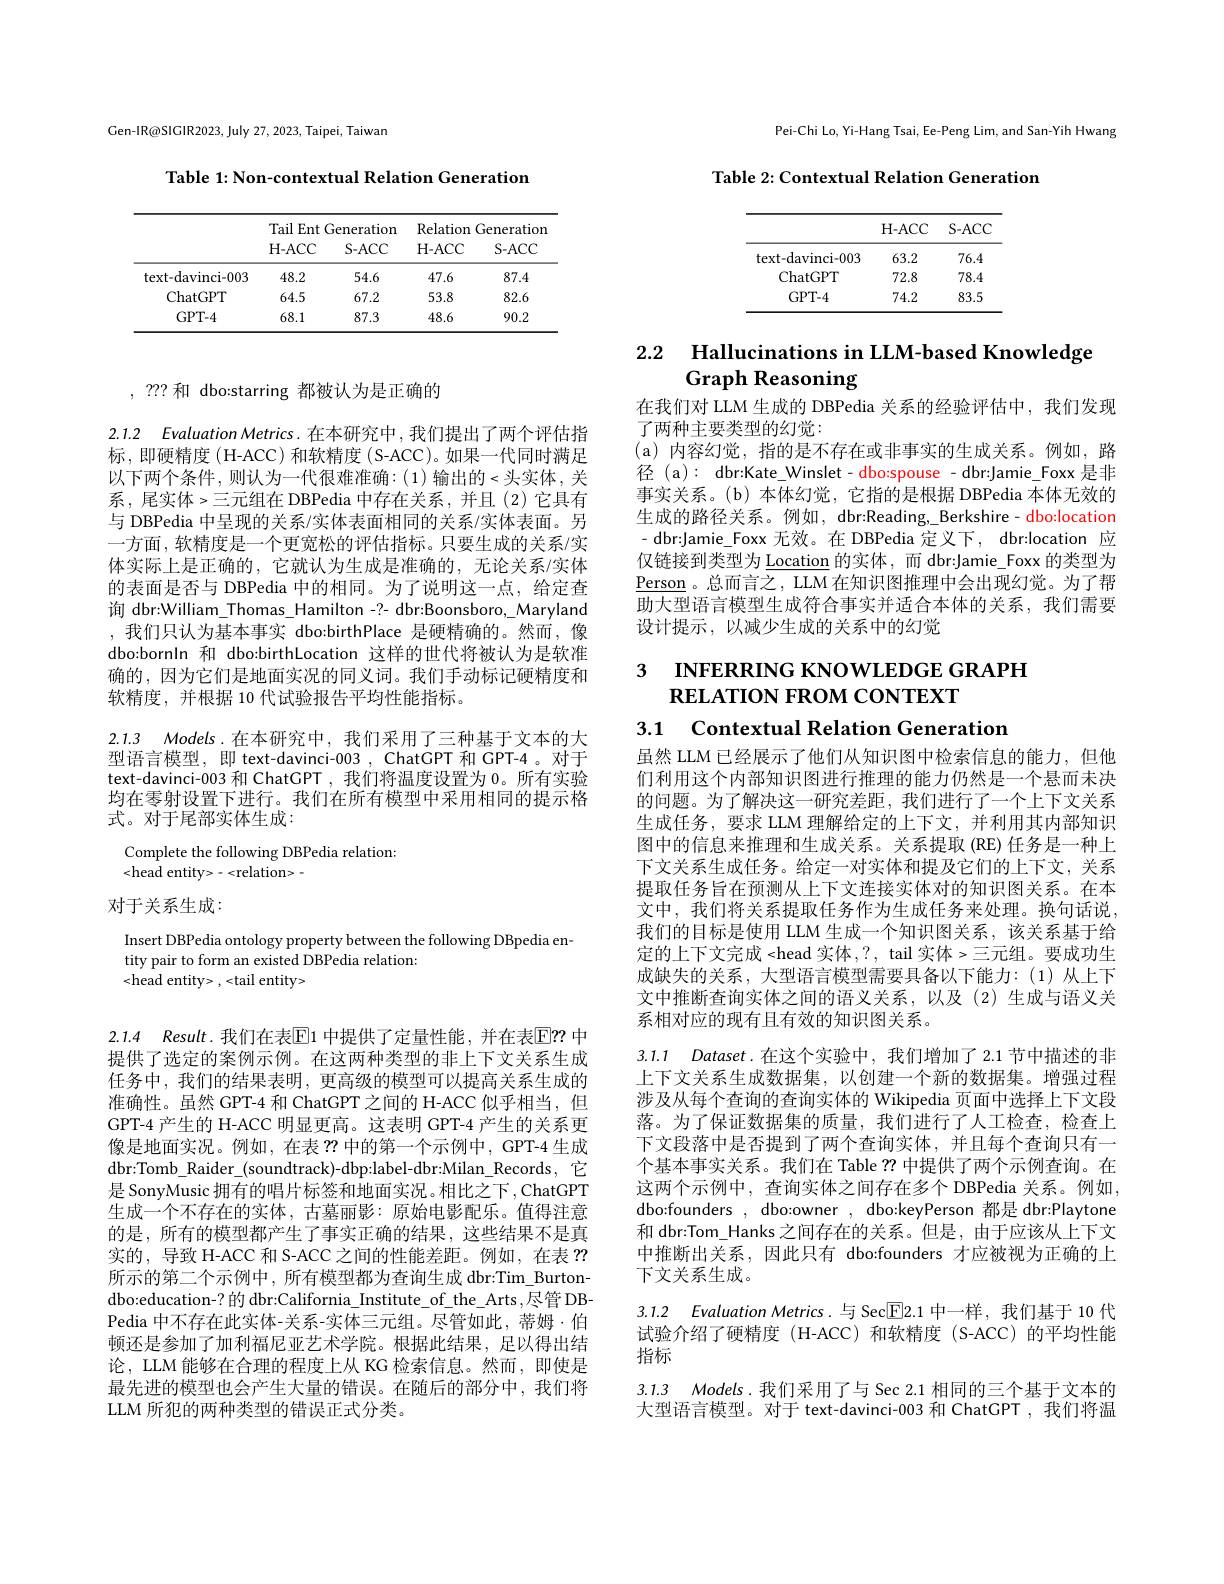
Gen-IR@SIGIR2023, July 27, 2023, Taipei, Taiwan

Table 1: Non-contextual Relation Generation

<table>
	<tbody>
		<tr>
			<th> </th>
			<th colspan="2">Tail Ent Generation</th>
			<th colspan="2">Relation Generatior</th>
		</tr>
		<tr>
			<th> </th>
			<th>H- ACC</th>
			<th>$S-ACC$</th>
			<th>H- ACC</th>
			<th>$S-ACC$</th>
		</tr>
		<tr>
			<td>text-davinci-003</td>
			<td>48.2</td>
			<td>54.6</td>
			<td>47.6</td>
			<td>87.4</td>
		</tr>
		<tr>
			<td>ChatGPT</td>
			<td>64.5</td>
			<td>67.2</td>
			<td>53.8</td>
			<td>82.6</td>
		</tr>
		<tr>
			<td>GPT- 4</td>
			<td>68.1</td>
			<td>87.3</td>
			<td>48.6</td>
			<td>90.2</td>
		</tr>
	</tbody>
</table>

# , ??? 和 dbo:starring 都被认为是正确的

2.1.2 Evaluation Metrics. 在本研究中，我们提出了两个评估指标，即硬精度(H-ACC)和软精度(S-ACC)。如果一代同时满足以下两个条件，则认为一代很难准确：(1)输出的<头实体，关系，尾实体>三元组在 DBPedia 中存在关系，并且(2)它具有与 DBPedia 中呈现的关系/实体表面相同的关系/实体表面。另一方面，软精度是一个更宽松的评估指标。只要生成的关系/实体实际上是正确的，它就认为生成是准确的，无论关系/实体的表面是否与 DBPedia 中的相同。为了说明这一点，给定查询 dbr:William\_Thomas\_Hamilton\_?- dbr:Boonsboro,\_Maryland ,我们只认为基本事实 dbo:birthPlace 是硬精确的。然而，像dbo:bornln 和 dbo:birthLocation 这样的世代将被认为是软准确的，因为它们是地面实况的同义词。我们手动标记硬精度和软精度，并根据 10 代试验报告平均性能指标。

2.1.3 $Models.$在本研究中，我们采用了三种基于文本的大型语言模型，即 text-davinci-003, ChatGPT 和 GPT-4。对于text-davinci-003 和 ChatGPT ,我们将温度设置为 0。所有实验均在零射设置下进行。我们在所有模型中采用相同的提示格式。对于尾部实体生成：

Complete the following DBPedia relation:
<head entity>-<relation>-

# 对于关系生成：

Insert DBPedia ontology property between the following DBpedia en-
tity pair to form an existed DBPedia relation:
<head entity> ,<tail entity>

2.1.4 Result.我们在表$\overline{\mathrm{E}}$1 中提供了定量性能，并在表$\overline{\mathrm{E}}??$ 中提供了选定的案例示例。在这两种类型的非上下文关系生成任务中，我们的结果表明，更高级的模型可以提高关系生成的准确性。虽然 GPT-4 和 ChatGPT 之间的 H-ACC 似乎相当，但GPT-4 产生的 H-ACC 明显更高。这表明 GPT-4 产生的关系更像是地面实况。例如，在表？?中的第一个示例中，GPT-4 生成dbr:Tomb_Raider_(soundtrack)-dbp:label-dbr:Milan_Records,它是 SonyMusic 拥有的唱片标签和地面实况。相比之下 , ChatGPT 生成一个不存在的实体，古墓丽影：原始电影配乐。值得注意的是，所有的模型都产生了事实正确的结果，这些结果不是真实的，导致 H-ACC 和 S-ACC 之间的性能差距。例如，在表？? 所示的第二个示例中，所有模型都为查询生成 dbr:Tim\_Burtondbo:education-? 的 dbr:California\_Institute\_of\_the\_Arts,尽管 DBPedia 中不存在此实体-关系-实体三元组。尽管如此，蒂姆·伯顿还是参加了加利福尼亚艺术学院。根据此结果，足以得出结论，LLM 能够在合理的程度上从 KG 检索信息。然而，即使是最先进的模型也会产生大量的错误。在随后的部分中，我们将LLM 所犯的两种类型的错误正式分类。

Pei-Chi Lo, Yi-Hang Tsai, Ee-Peng Lim, and San-Yih Hwang

Table 2: Contextual Relation Generation

<table>
	<tbody>
		<tr>
			<th> </th>
			<th>H- ACC</th>
			<th>S- ACC</th>
		</tr>
		<tr>
			<td>text-davinci-003</td>
			<td>63.2</td>
			<td>76.4</td>
		</tr>
		<tr>
			<td>ChatGPT</td>
			<td>72.8</td>
			<td>78.4</td>
		</tr>
		<tr>
			<td>GPT-4</td>
			<td>74.2</td>
			<td>83.5</td>
		</tr>
	</tbody>
</table>

# 2.2 Hallucinations in LLM-based Knowledge Graph Reasoning

在我们对 LLM 生成的 DBPedia 关系的经验评估中，我们发现
了两种主要类型的幻觉：
(a)内容幻觉，指的是不存在或非事实的生成关系。例如，路径(a): dbr:Kate\_Winslet- dbo:spouse\_dbr:Jamie\_Foxx 是非事实关系。(b) 本体幻觉，它指的是根据 DBPedia 本体无效的生成的路径关系。例如，dbr:Reading, Berkshire- dbo:location - dbr:Jamie\_Foxx 无效。在 DBPedia 定义下，dbr:location 应仅链接到类型为 Location 的实体 ,而 dbr:Jamie\_Foxx 的类型为$\underline{\mathrm{Person}}$。总而言之，LLM 在知识图推理中会出现幻觉。为了帮助大型语言模型生成符合事实并适合本体的关系，我们需要设计提示，以减少生成的关系中的幻觉

# 3 INFERRING KNOWLEDGE GRAPH $\textbf{RELATION FROM CONTEXT}$ 3.1 Contextual Relation Generation

虽然 LLM 已经展示了他们从知识图中检索信息的能力，但他们利用这个内部知识图进行推理的能力仍然是一个悬而未决的问题。为了解决这一研究差距，我们进行了一个上下文关系生成任务，要求 LLM 理解给定的上下文，并利用其内部知识图中的信息来推理和生成关系。关系提取(RE) 任务是一种上下文关系生成任务。给定一对实体和提及它们的上下文，关系提取任务旨在预测从上下文连接实体对的知识图关系。在本文中，我们将关系提取任务作为生成任务来处理。换句话说， 我们的目标是使用 LLM 生成一个知识图关系，该关系基于给定的上下文完成 <head 实体，?, tail 实体>三元组。要成功生成缺失的关系，大型语言模型需要具备以下能力：(1)从上下文中推断查询实体之间的语义关系，以及(2)生成与语义关系相对应的现有且有效的知识图关系。

3.1.1 Dataset.在这个实验中，我们增加了2.1节中描述的非

上下文关系生成数据集，以创建一个新的数据集。增强过程涉及从每个查询的查询实体的 Wikipedia 页面中选择上下文段落。为了保证数据集的质量，我们进行了人工检查，检查上下文段落中是否提到了两个查询实体，并且每个查询只有一个基本事实关系。我们在 Table ??中提供了两个示例查询。在这两个示例中，查询实体之间存在多个 DBPedia 关系。例如， dbo:founders , dbo:owner , dbo:keyPerson 都是 dbr:Playtone 和 dbr:Tom\_Hanks 之间存在的关系。但是 , 由于应该从上下文中推断出关系，因此只有 dbo:founders 才应被视为正确的上下文关系生成。

3.1.2 Evaluation Metrics.与 Sec$\boxed{\mathrm{F}}2.1$中一样，我们基于 10 代试验介绍了硬精度 (H-ACC)和软精度 (S-ACC)的平均性能# 指标

3.1.3 Models.我们采用了与 Sec 2.1 相同的三个基于文本的大型语言模型。对于 text-davinci-003 和 ChatGPT ,我们将温